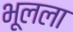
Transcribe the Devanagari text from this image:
भूलला